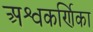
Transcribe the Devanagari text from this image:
अश्वकर्णिका